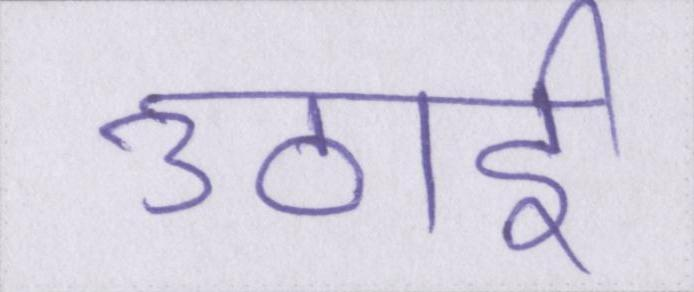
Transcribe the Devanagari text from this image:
उठाई